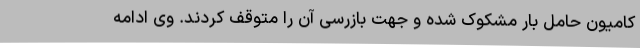
کامیون حامل بار مشکوک شده و جهت بازرسی آن را متوقف کردند. وی ادامه